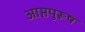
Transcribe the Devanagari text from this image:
आप्तपुरूष